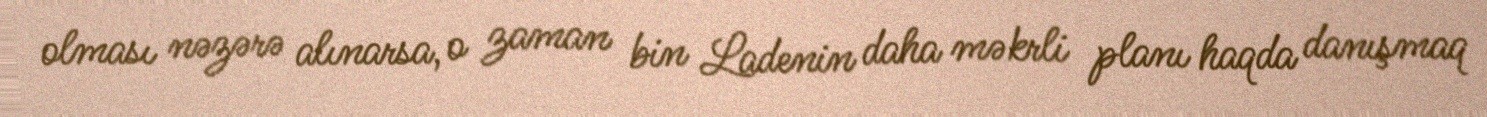
olması nəzərə alınarsa, o zaman bin Ladenin daha məkrli planı haqda danışmaq